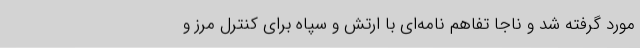
مورد گرفته شد و ناجا تفاهم نامه‌ای با ارتش و سپاه برای کنترل مرز و